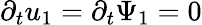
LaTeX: \partial_{t}u_{1}=\partial_{t}\Psi_{1}=0